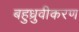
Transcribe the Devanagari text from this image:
बहुध्रुवीकरण